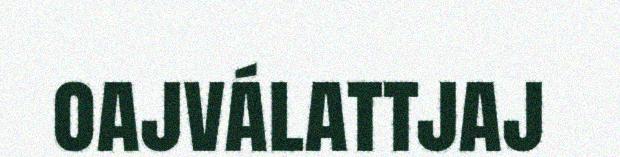
oajválattjaj